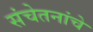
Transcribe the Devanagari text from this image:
संचेतनांचे